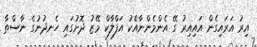
އިރު އަރައިގެން އައިއިރު ގޭ އެންމެންނާއެކު އަފްލާކް މޭޒު ދޮށުގައި ހެނދުނުގެ ނާސްތާ